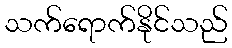
သက်ရောက်နိုင်သည်